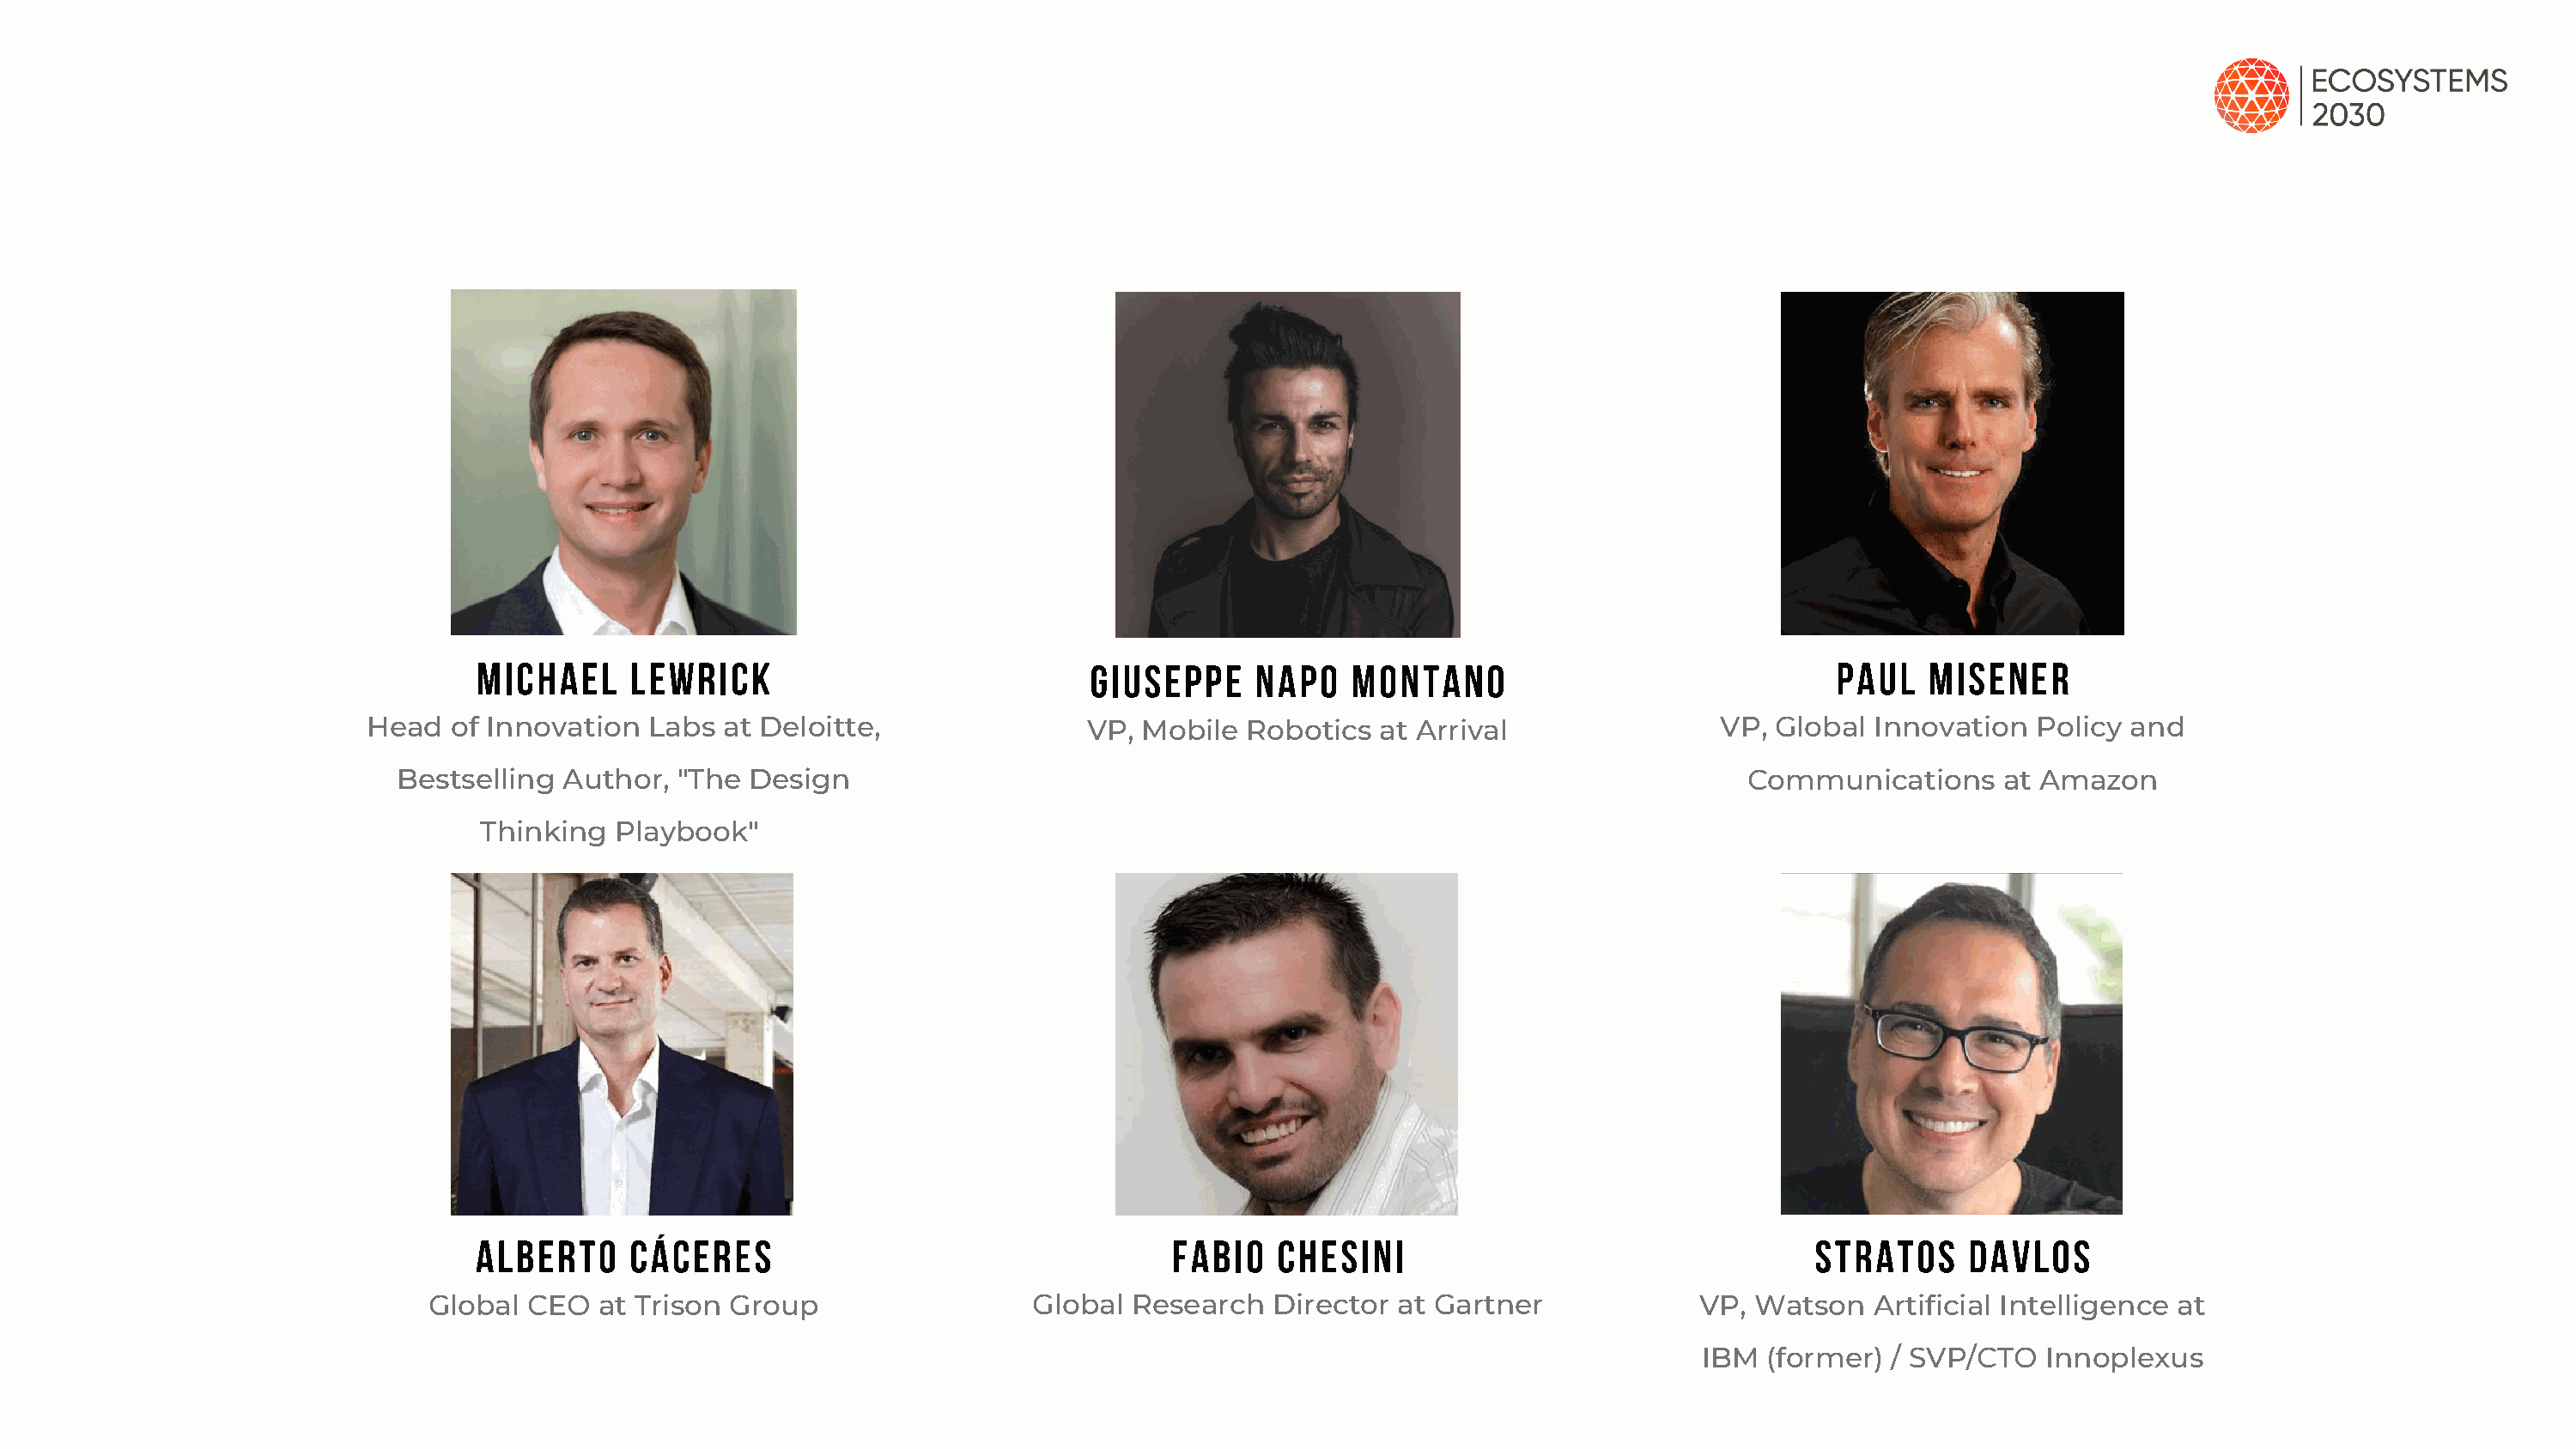
Michael     Lewrick                            Giuseppe     Napo   Montano                               Paul   Misener
 Head   of Innovation  Labs  at Deloitte,                VP, Mobile  Robotics  at Arrival                 VP, Global Innovation   Policy and
 Bestselling Author,  "The  Design                                                                       Communications     at Amazon
 Thinking  Playbook"
 Alberto     Cáceres                                  Fabio   Chesini                                   Stratos     Davlos
 Global  CEO  at Trison Group                   Global Research   Director  at Gartner             VP, Watson   Artificial Intelligence at
 IBM  (former)  / SVP/CTO   Innoplexus